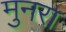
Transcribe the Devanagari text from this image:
मुनरा